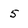
Character: 5